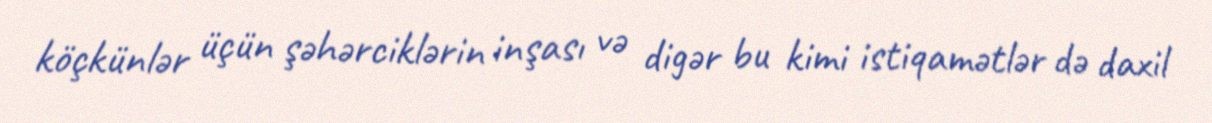
köçkünlər üçün şəhərciklərin inşası və digər bu kimi istiqamətlər də daxil